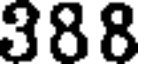
388